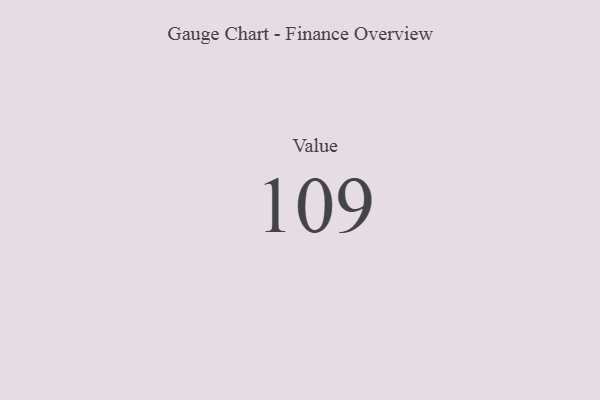
{"axis": {"x": "Metric", "y": "Value"}, "legend": [""], "data": [{"x": "Value", "y": 109, "type": ""}]}